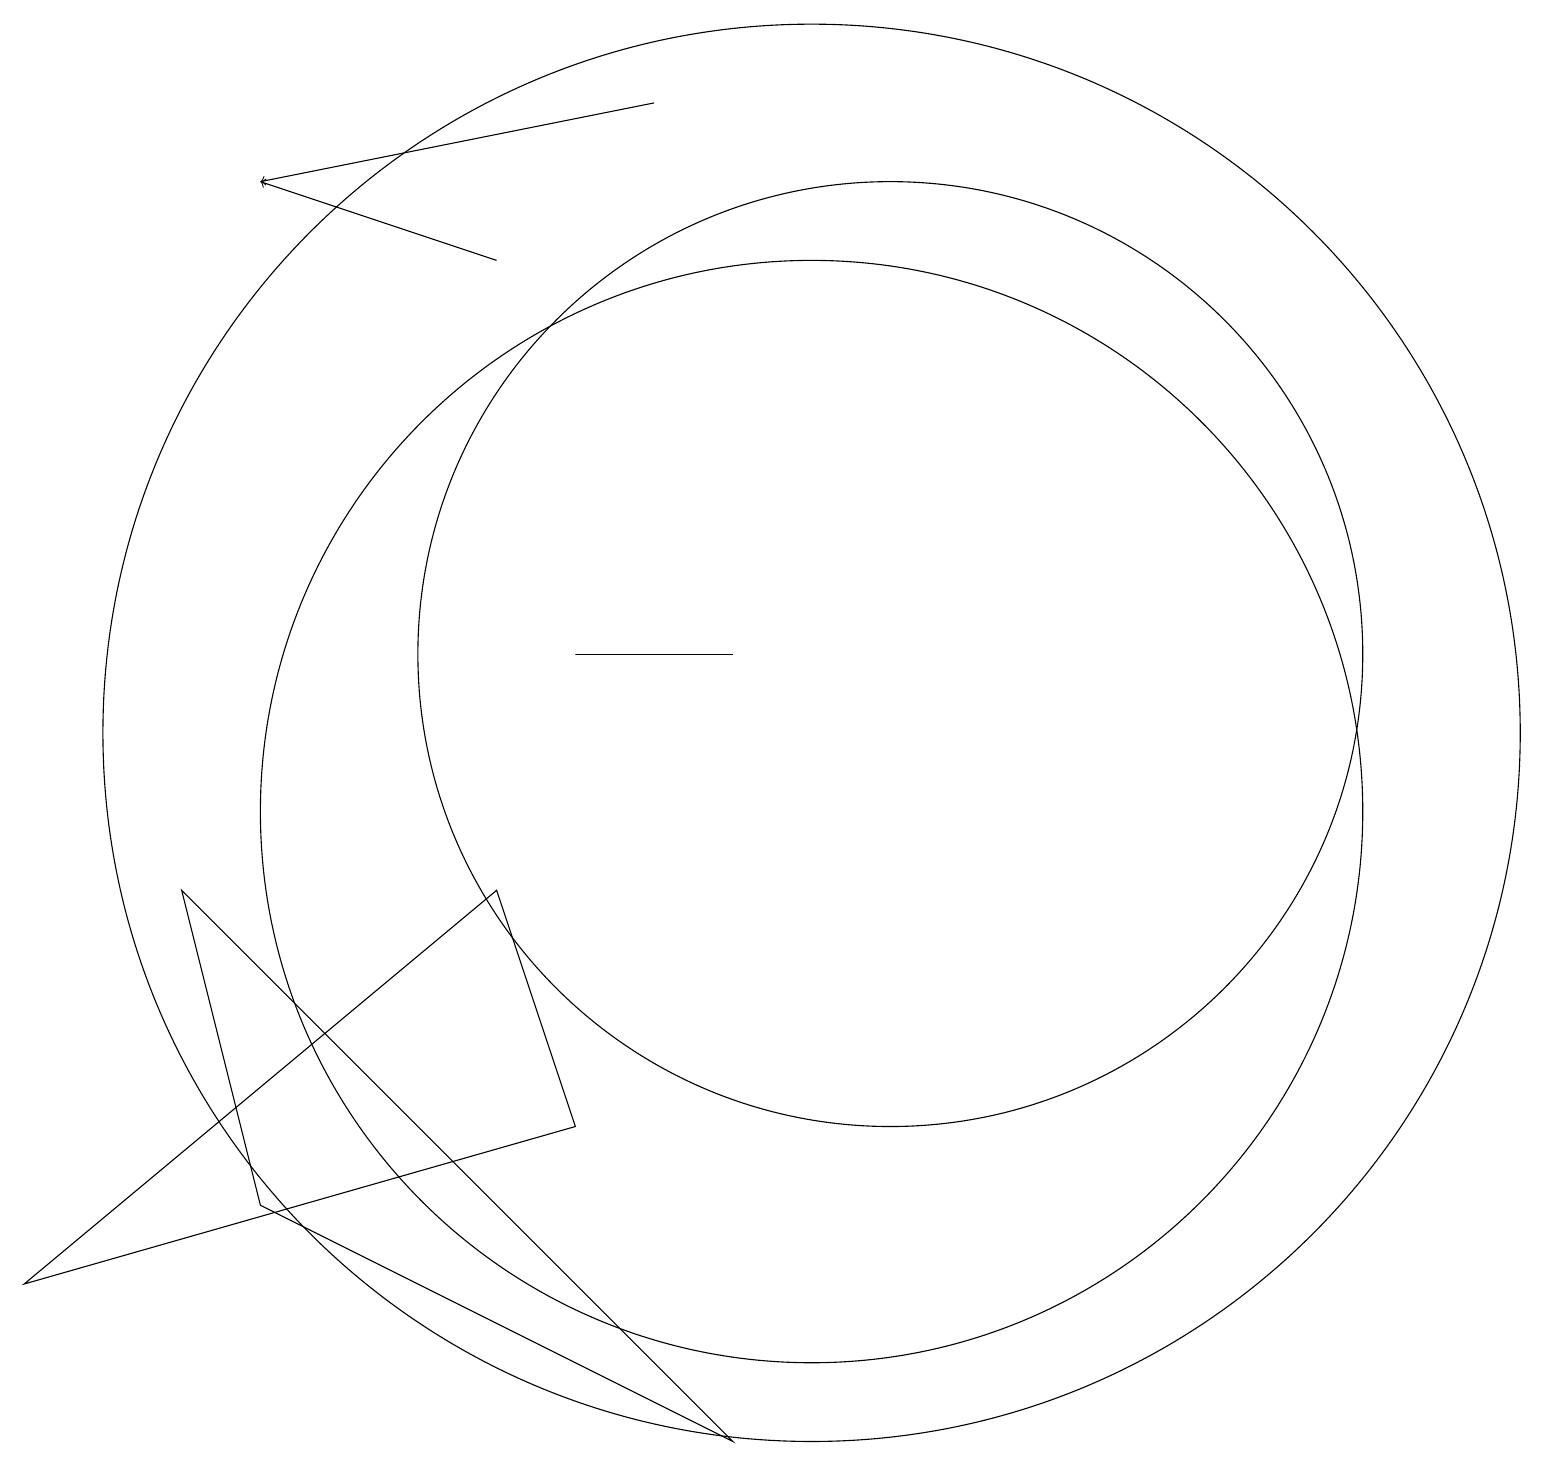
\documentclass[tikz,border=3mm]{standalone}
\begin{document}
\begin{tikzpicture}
\draw (11,12) circle (6);
\draw (7,12) rectangle (9,12);
\draw (10,11) circle (9);
\draw (10,10) circle (7);
\draw (7,6) -- (6,9) -- (0,4) -- cycle;
\draw[->] (6,17) -- (3,18);
\draw (3,5) -- (9,2) -- (2,9) -- cycle;
\draw[->] (8,19) -- (3,18);
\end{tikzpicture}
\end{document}